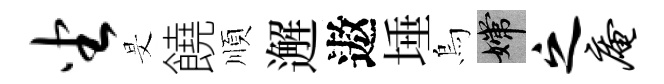
坐旻饒順邂遨埵烏嫦之庵